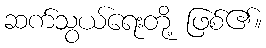
ဆက်သွယ်ရေးတို့ ဖြစ်၏။